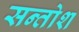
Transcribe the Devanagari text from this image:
सन्तोश